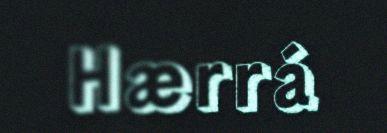
Hærrá